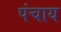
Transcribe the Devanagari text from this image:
पंचाय